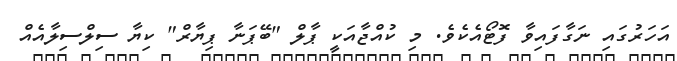
އަހަރުގައި ނަގާފައިވާ ފޮޓޯއެކެވެ. މި ކުއްޖާއަކީ ޕާލް "ބޭޕަނާ ޕިޔާރް" ކިޔާ ސިލްސިލާއެއް